Scientific memoirs by medical officers of the Army of India - Part IX,
Year: 1895
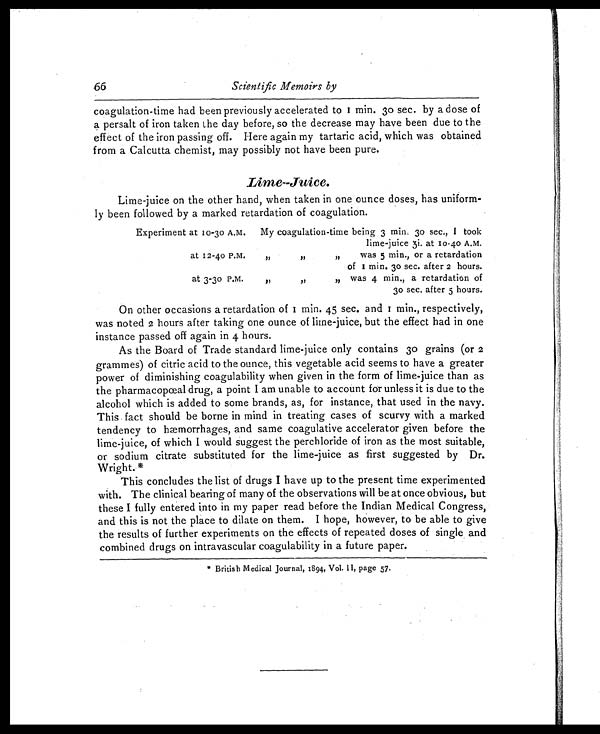
66
Scientific Memoirs by
coagulation-time had been previously accelerated to I min. 3o sec. by a dose of
a persalt of iron taken the day before, so the decrease may have been due to the
effect of the iron passing off. Here again my tartaric acid, which was obtained
from a Calcutta chemist, may possibly not have been pure.
Lime—Juice.
Lime-juice on the other hand, when taken in one ounce doses, has uniform-
ly been followed by a marked retardation of coagulation.
Experiment at 10-30 A.M.
My coagulation-time being 3 min, 3o sec., I took
lime-juice 3i. at 10-40 A.M.
at 12-4o P.M.
,,
„
was 5 min., or a retardation
of I min. 3o sec. after 2 hours.
at 3-30 P.M.
"
,,
„ was 4 min., a retardation of
30 sec. after 5 hours.
On other occasions a retardation of 1 min. 45 sec. and 1 m i n . , r e s p e c t i v e l y ,
was noted 2 hours after taking one ounce of lime-juice, but the effect had in one
instance passed off again in 4 hours.
As the Board of Trade standard lime-juice only contains 30 grains (or 2
grammes) of citric acid to the ounce, this vegetable acid seems to have a greater
power of diminishing coagulability when given in the form of lime-juice than as
the pharmacopceal drug, a point I am unable to account for unless it is due to the
alcohol which is added to some brands, as, for instance, that used in the navy.
This fact should be borne in mind in treating cases of scurvy with a marked
tendency to h ae morrhages, and same coagulative accelerator given before the
lime-juice, of which I would suggest the perchloride of iron as the most suitable,
or sodium citrate substituted for the lime-juice as first suggested by Dr.
Wright.*
This concludes the list of drugs I have up to the present time experimented
with. The clinical bearing of many of the observations will be at once obvious, but
these I fully entered into in my paper read before the Indian Medical Congress,
and this is not the place to dilate on them. I hope, however, to be able to give
the results of further experiments on the effects of repeated doses of single and
combined drugs on intravascular coagulability in a future paper.
* B r i t i s h M e d i c a l J o u r n a l , 1 8 9 4 , V o l . I I , p a g e 5 7 .